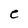
Character: C